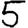
Digit: 5